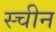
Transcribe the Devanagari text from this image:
स्चीन